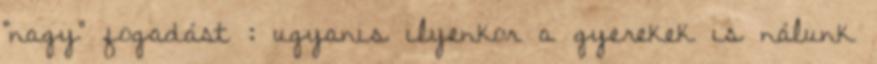
"nagy" fogadást : ugyanis ilyenkor a gyerekek is nálunk